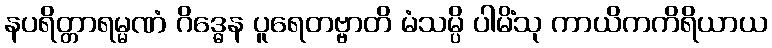
နပရိတ္တာရမ္မဏံ ဂိဒ္ဓေန ပူရေတဗ္ဗာတိ မံသမ္ပိ ပါမိံသု ကာယိကကိရိယာယ